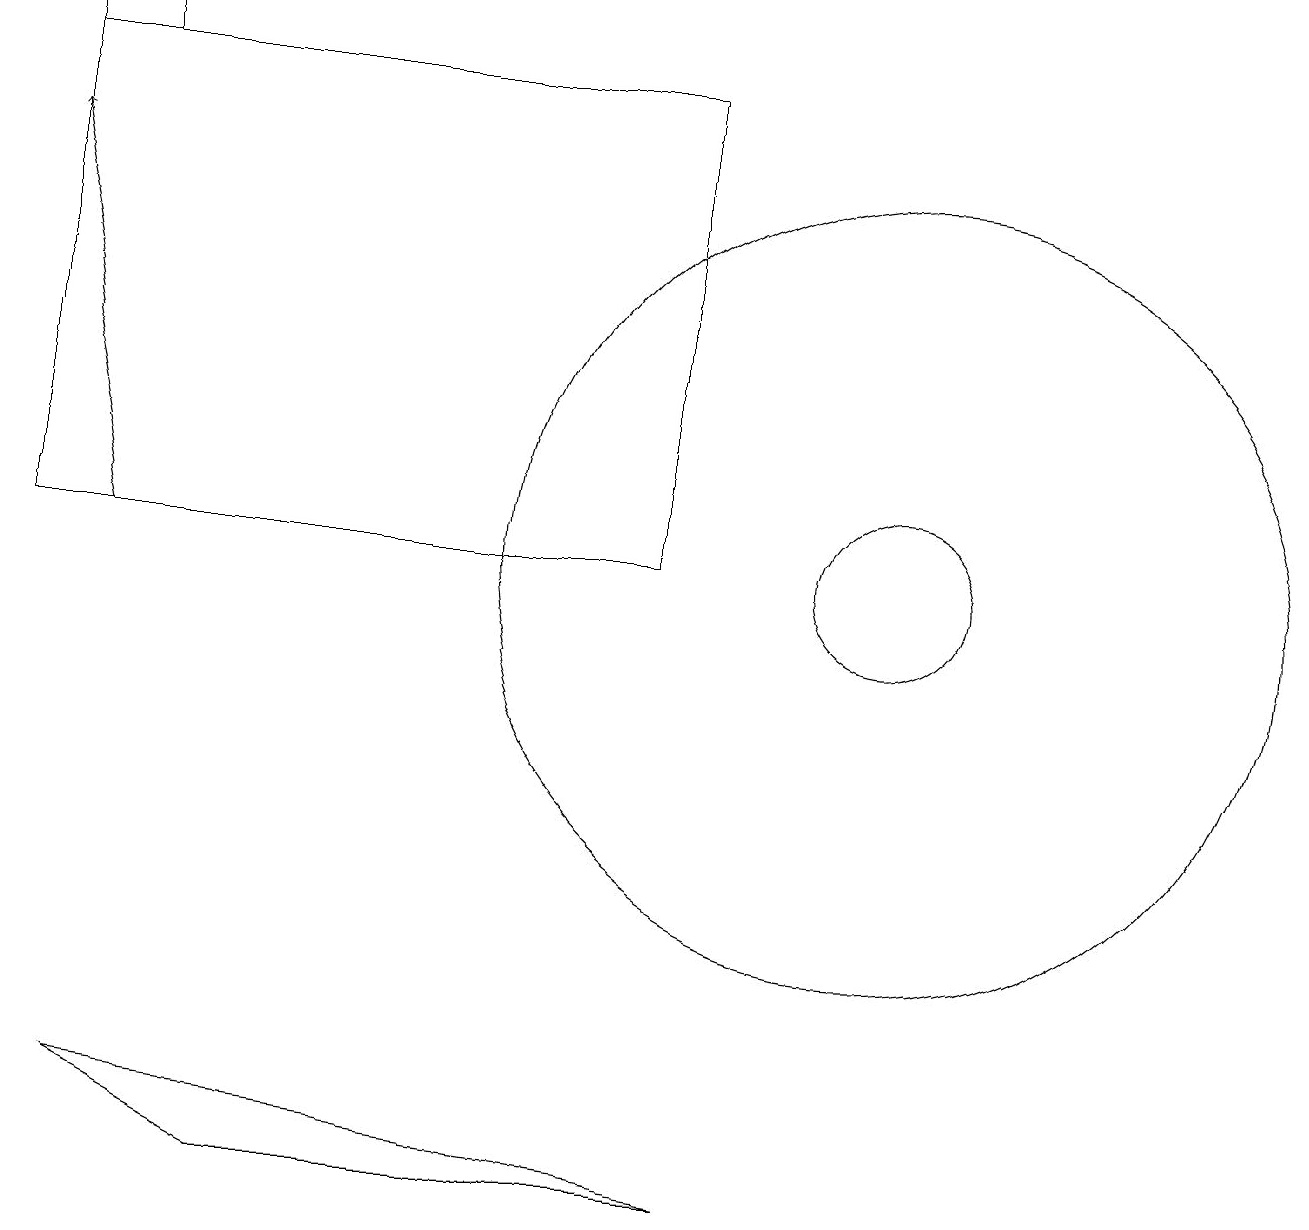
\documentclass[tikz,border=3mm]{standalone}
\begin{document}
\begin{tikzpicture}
\draw (8,10) rectangle (0,16);
\draw[->] (1,10) -- (0,15);
\draw (11,10) circle (1);
\draw (0,17) rectangle (1,16);
\draw (11,10) circle (5);
\draw (9,2) -- (3,2) -- (1,3) -- cycle;
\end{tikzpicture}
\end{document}